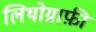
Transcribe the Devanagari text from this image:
लिथोग्राफ़ी